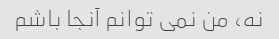
نه، من نمی توانم آنجا باشم